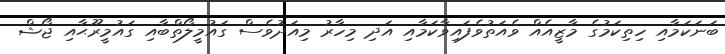
ބަނަކަމާއި ހިތިކަމުގެ މާޒީއެއް ވެއަތުވެފައިވާކަމާއި އަދި މިހާރު މިއަދުވެސް ގައުމީލޯތްބާއި ގައުމީރޫޙާއި ޖޯޝް